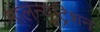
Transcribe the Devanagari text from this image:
मालन्यूट्रिशन